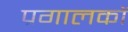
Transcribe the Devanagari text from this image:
प्रगालकों